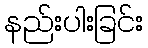
နည်းပါးခြင်း